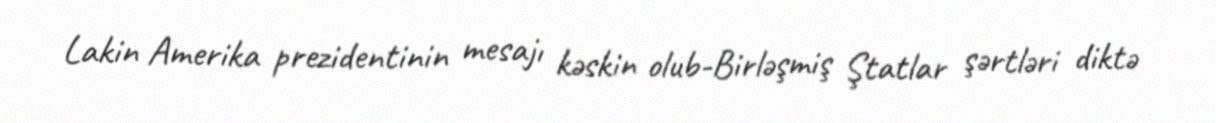
Lakin Amerika prezidentinin mesajı kəskin olub-Birləşmiş Ştatlar şərtləri diktə